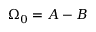
\Omega _ { 0 } = A - B